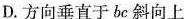
D.方向垂直于bc斜向上